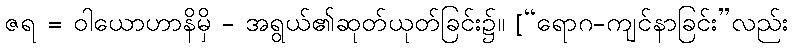
ဇရ = ဝါယောဟာနိမှိ - အရွယ်၏ဆုတ်ယုတ်ခြင်း၌။ [“ရောဂ-ကျင်နာခြင်း”လည်း